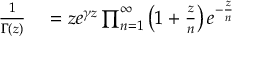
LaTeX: \begin{array} { r l } { { \frac { 1 } { \Gamma ( z ) } } } & { { } = z e ^ { \gamma z } \prod _ { n = 1 } ^ { \infty } \left( 1 + { \frac { z } { n } } \right) e ^ { - { \frac { z } { n } } } } \end{array}